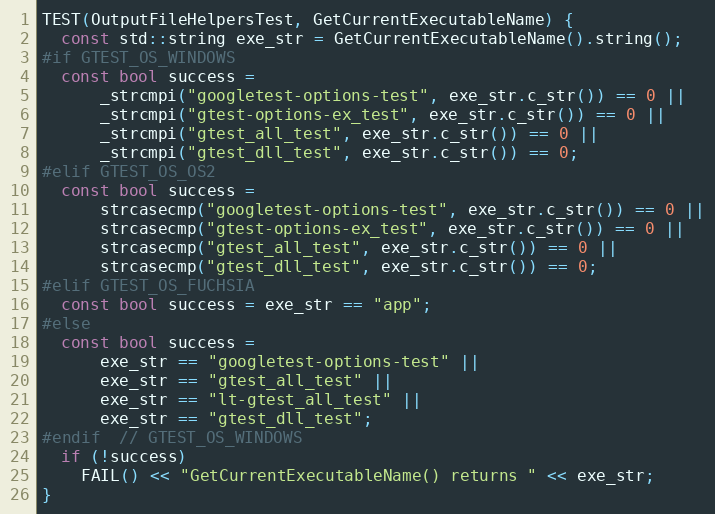
Language: C++
TEST(OutputFileHelpersTest, GetCurrentExecutableName) {
  const std::string exe_str = GetCurrentExecutableName().string();
#if GTEST_OS_WINDOWS
  const bool success =
      _strcmpi("googletest-options-test", exe_str.c_str()) == 0 ||
      _strcmpi("gtest-options-ex_test", exe_str.c_str()) == 0 ||
      _strcmpi("gtest_all_test", exe_str.c_str()) == 0 ||
      _strcmpi("gtest_dll_test", exe_str.c_str()) == 0;
#elif GTEST_OS_OS2
  const bool success =
      strcasecmp("googletest-options-test", exe_str.c_str()) == 0 ||
      strcasecmp("gtest-options-ex_test", exe_str.c_str()) == 0 ||
      strcasecmp("gtest_all_test", exe_str.c_str()) == 0 ||
      strcasecmp("gtest_dll_test", exe_str.c_str()) == 0;
#elif GTEST_OS_FUCHSIA
  const bool success = exe_str == "app";
#else
  const bool success =
      exe_str == "googletest-options-test" ||
      exe_str == "gtest_all_test" ||
      exe_str == "lt-gtest_all_test" ||
      exe_str == "gtest_dll_test";
#endif  // GTEST_OS_WINDOWS
  if (!success)
    FAIL() << "GetCurrentExecutableName() returns " << exe_str;
}